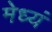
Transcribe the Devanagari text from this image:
मेध्यं